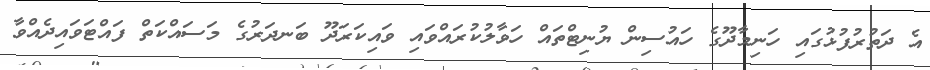
އެ ދަތުރުފުޅުގައި ހަނިމާދޫގެ ހައުސިން ޔުނިޓްތައް ހަވާލުކުރައްވައި ވައިކަރަދޫ ބަނދަރުގެ މަސައްކަތް ފައްޓަވައިދެއްވާ